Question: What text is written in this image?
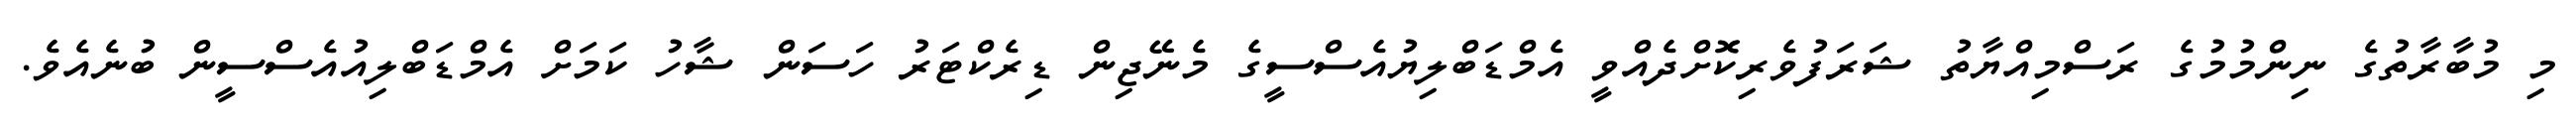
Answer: މި މުބާރާތުގެ ނިންމުމުގެ ރަސްމިއްޔާތު ޝަރަފުވެރިކޮށްދެއްވީ އެމްޑަބްލިޔުއެސްސީގެ މެނޭޖިން ޑިރެކްޓަރު ހަސަން ޝާހު ކަމަށް އެމްޑަބްލިއުއެސްސީން ބުނެއެވެ.